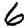
Digit: 6